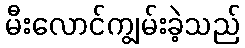
မီးလောင်ကျွမ်းခဲ့သည်